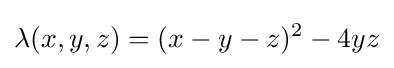
\lambda (x,y,z)=(x-y-z)^{2}-4yz